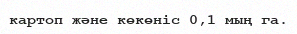
картоп және көкөніс 0,1 мың га.